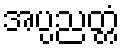
အပ္ပညတ္တံ